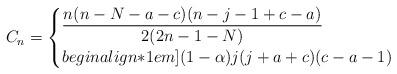
LaTeX: \begin{align*} C_n = \begin{cases} \dfrac{n(n-N-a-c)(n-j-1+c-a)}{2(2n-1-N)} &\\begin{align*}1em] (1-\alpha)j(j+a+c)(c-a-1) & \end{cases} \end{align*}